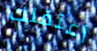
أعتقلك